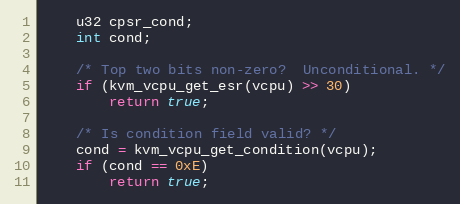
Language: C
	u32 cpsr_cond;
	int cond;

	/* Top two bits non-zero?  Unconditional. */
	if (kvm_vcpu_get_esr(vcpu) >> 30)
		return true;

	/* Is condition field valid? */
	cond = kvm_vcpu_get_condition(vcpu);
	if (cond == 0xE)
		return true;